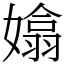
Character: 嬆